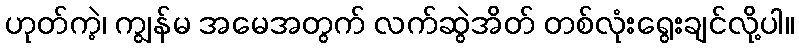
ဟုတ်ကဲ့၊ ကျွန်မ အမေအတွက် လက်ဆွဲအိတ် တစ်လုံးရွေးချင်လို့ပါ။